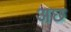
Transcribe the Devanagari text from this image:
अछ